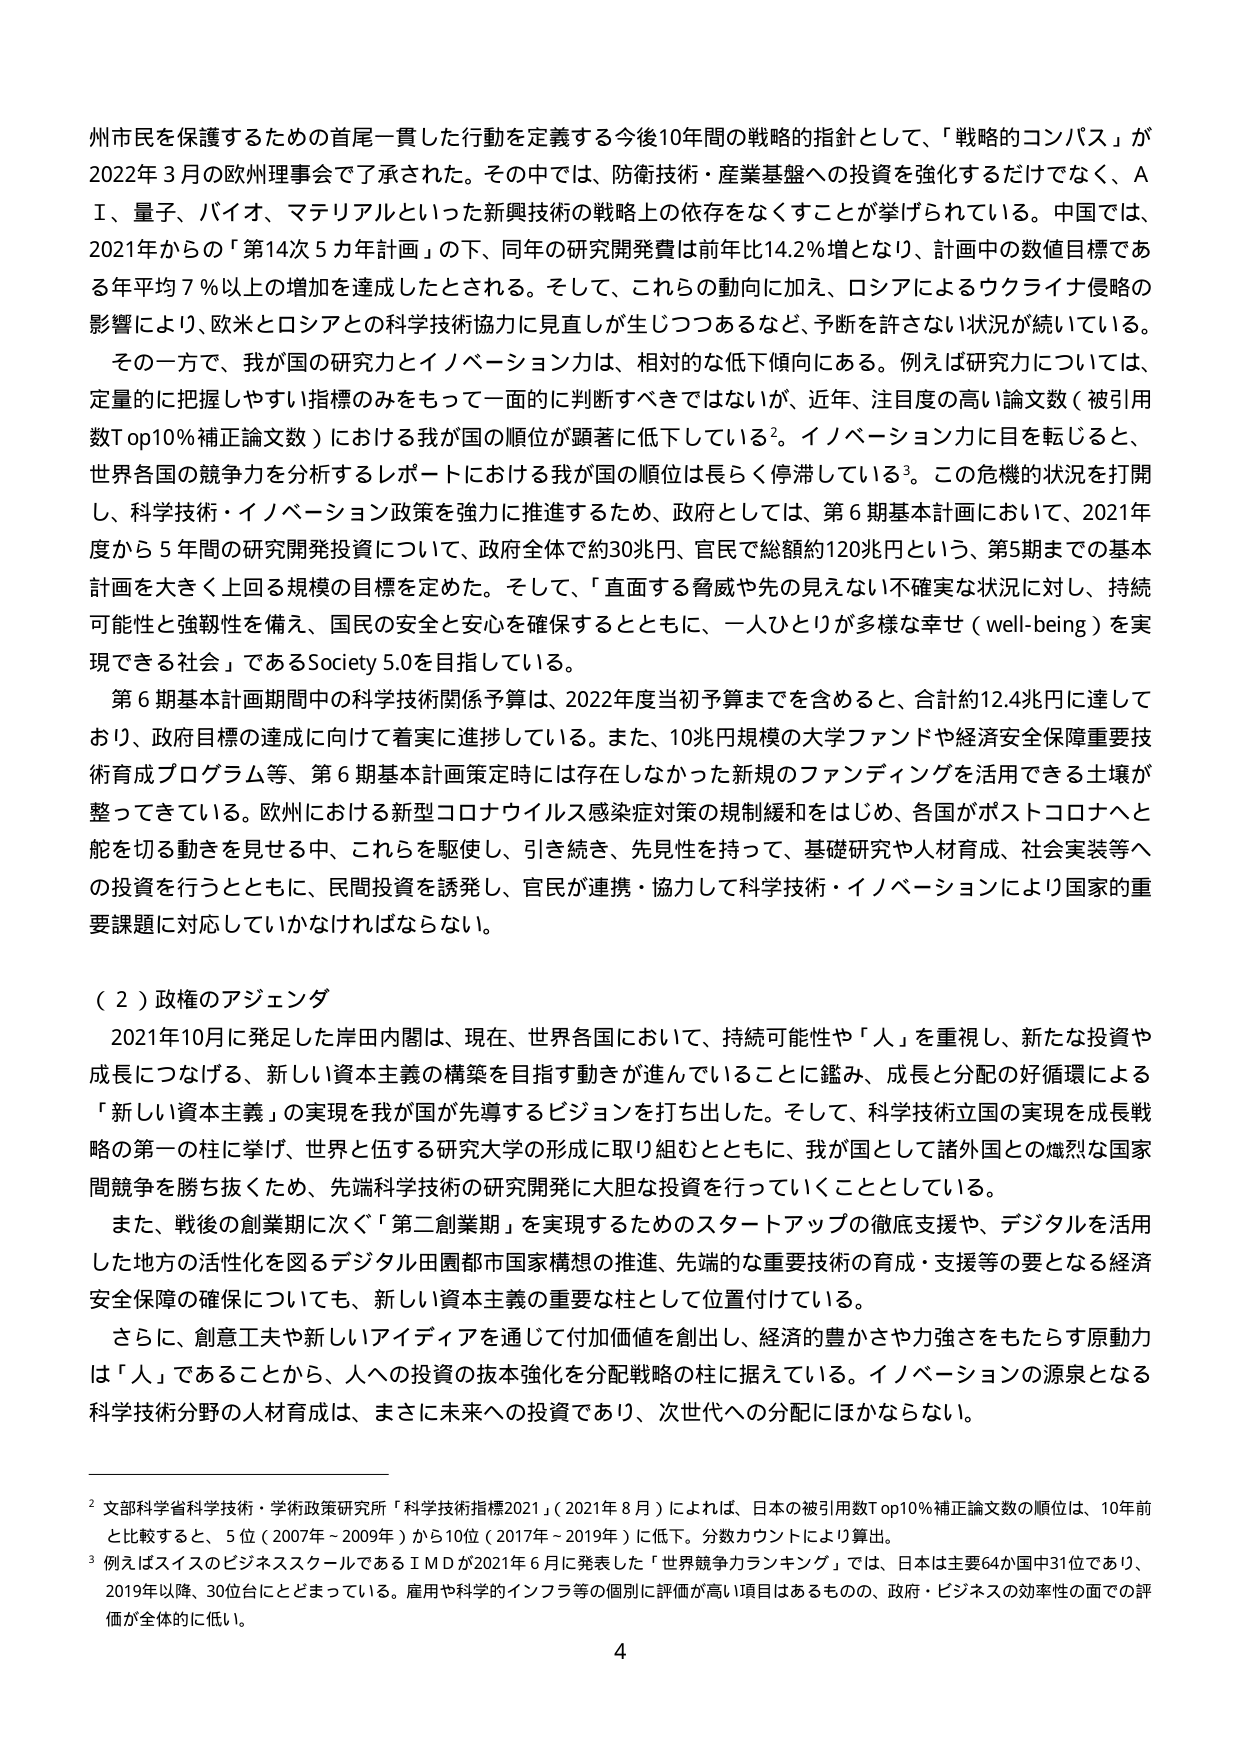
州市民を保護するための首尾一貫した行動を定義する今後10年間の戦略的指針として、「戦略的コンパス」が2022年3月の欧州理事会で了承された。その中では、防衛技術・産業基盤への投資を強化するだけでなく、AI、量子、バイオ、マテリアルといった新興技術の戦略上の依存をなくすことが挙げられている。中国では、2021年からの「第14次5カ年計画」の下、同年の研究開発費は前年比14.2％増となり、計画中の数値目標である年平均7％以上の増加を達成したとされる。そして、これらの動向に加え、ロシアによるウクライナ侵略の影響により、欧米とロシアとの科学技術協力に見直しが生じつつあるなど、予断を許さない状況が続いている。

その一方で、我が国の研究力とイノベーション力は、相対的な低下傾向にある。例えば研究力については、定量的に把握しやすい指標のみをもって一面对に判断すべきではないが、近年、注目度の高い論文数（被引用数Top10％補正論文数）における我が国の順位が顕著に低下している²。イノベーション力に目を転じると、世界各国の競争力を分析するレポートにおける我が国の順位は長らく停滞している³。この危機的状況を打開し、科学技術・イノベーション政策を強力に推進するため、政府としては、第6期基本計画において、2021年度から5年間の研究開発投資について、政府全体で約30兆円、官民で総額約120兆円という、第5期までの基本計画を大きく上回る規模の目標を定めた。そして、「直面する脅威や先の見えない不確実な状況に対し、持続可能性と強靭性を備え、国民の安全と安心を確保するとともに、一人ひとりが多様な幸せ（well-being）を実現できる社会」であるSociety 5.0を目指している。

第6期基本計画期間中の科学技術関係予算は、2022年度当初予算までを含めると、合計約12.4兆円に達しており、政府目標の達成に向けて着実に進捗している。また、10兆円規模の大学ファンドや経済安全保障重要技術育成プログラム等、第6期基本計画策定時には存在しなかった新規のファンディングを活用できる土壌が整ってきている。欧州における新型コロナウイルス感染症対策の規制緩和をはじめ、各国がポストコロナへと舵を切る動きを見せる中、これらを駆使し、引き続き、先見性を持って、基礎研究や人材育成、社会実装等への投資を行うとともに、民間投資を誘発し、官民が連携・協力して科学技術・イノベーションにより国家的重要課題に対応していかなければならない。

（２）政権のアジェンダ

2021年10月に発足した岸田内閣は、現在、世界各国において、持続可能性や「人」を重視し、新たな投資や成長につなげる、新しい資本主義の構築を目指す動きが進んでいることに鑑み、成長と分配の好循環による「新しい資本主義」の実現を我が国が先導するビジョンを打ち出した。そして、科学技術立国の実現を成長戦略の第一の柱に挙げ、世界と伍する研究大学の形成に取り組むとともに、我が国として諸外国との熾烈な国家間競争を勝ち抜くため、先端科学技術の研究開発に大胆な投資を行っていくこととしている。

また、戦後の創業期に次ぐ「第二創業期」を実現するためのスタートアップの徹底支援や、デジタルを活用した地方の活性化を図るデジタル田園都市国家構想の推進、先端的な重要技術の育成・支援等の要となる経済安全保障の確保についても、新しい資本主義の重要な柱として位置付けている。

さらに、創意工夫や新しいアイディアを通じて付加価値を創出し、経済的豊かさや力強さをもたらす原動力は「人」であることから、人への投資の抜本強化を分配戦略の柱に据えている。イノベーションの源泉となる科学技術分野の人材育成は、まさに未来への投資であり、次世代への分配にはかならない。

² 文部科学省科学技術・学術政策研究所「科学技術指標2021」（2021年8月）によれば、日本の被引用数Top10％補正論文数の順位は、10年前と比較すると、5位（2007年～2009年）から10位（2017年～2019年）に低下。分数カウントにより算出。

³ 例えばスイスのビジネススクールであるIMDが2021年6月に発表した「世界競争力ランキング」では、日本は主要64か国中31位であり、2019年以降、30位台にとどまっている。雇用や科学的インフラ等の個別に評価が高い項目はあるものの、政府・ビジネスの効率性の面での評価が全体的に低い。

4